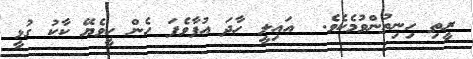
ރީތި ހިނިތުންވުމެކެވެ.  އައިލީ ހާދަ އުފާވެފަ ހެން ހީވެޔޭ ކާކު ގުޅީ